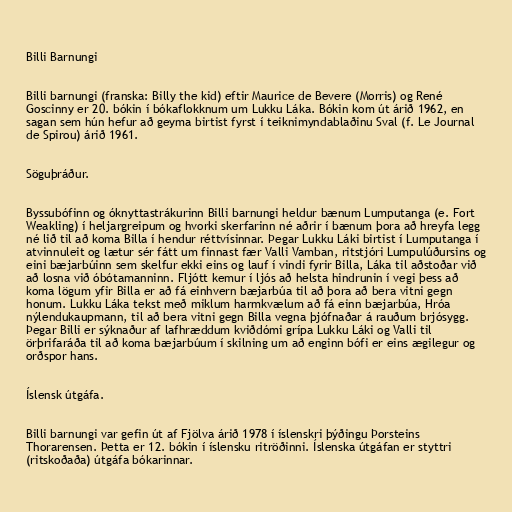
Billi Barnungi

Billi barnungi (franska: Billy the kid) eftir Maurice de Bevere (Morris) og René
Goscinny er 20. bókin í bókaflokknum um Lukku Láka. Bókin kom út árið 1962, en
sagan sem hún hefur að geyma birtist fyrst í teiknimyndablaðinu Sval (f. Le Journal
de Spirou) árið 1961.

Söguþráður.

Byssubófinn og óknyttastrákurinn Billi barnungi heldur bænum Lumputanga (e. Fort
Weakling) í heljargreipum og hvorki skerfarinn né aðrir í bænum þora að hreyfa legg
né lið til að koma Billa í hendur réttvísinnar. Þegar Lukku Láki birtist í Lumputanga í
atvinnuleit og lætur sér fátt um finnast fær Valli Vamban, ritstjóri Lumpulúðursins og
eini bæjarbúinn sem skelfur ekki eins og lauf í vindi fyrir Billa, Láka til aðstoðar við
að losna við óbótamanninn. Fljótt kemur í ljós að helsta hindrunin í vegi þess að
koma lögum yfir Billa er að fá einhvern bæjarbúa til að þora að bera vitni gegn
honum. Lukku Láka tekst með miklum harmkvælum að fá einn bæjarbúa, Hróa
nýlendukaupmann, til að bera vitni gegn Billa vegna þjófnaðar á rauðum brjósygg.
Þegar Billi er sýknaður af lafhræddum kviðdómi grípa Lukku Láki og Valli til
örþrifaráða til að koma bæjarbúum í skilning um að enginn bófi er eins ægilegur og
orðspor hans.

Íslensk útgáfa.

Billi barnungi var gefin út af Fjölva árið 1978 í íslenskri þýðingu Þorsteins
Thorarensen. Þetta er 12. bókin í íslensku ritröðinni. Íslenska útgáfan er styttri
(ritskoðaða) útgáfa bókarinnar.